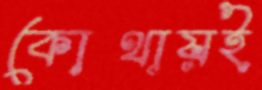
কোথায়ই